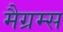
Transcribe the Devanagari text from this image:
मैग्रम्स